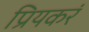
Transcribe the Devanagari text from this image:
प्रियकरं